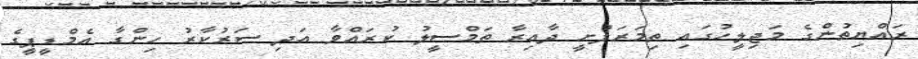
ރައްޔިތުންގެ މަޖިލީހުގައި ތިމަރަފުށީ ދާއިރާ ތަމްސީލު ކުރައްވާ އަދި ސަރުކާރު ހިންގާ އެމްޑީޕީގެ